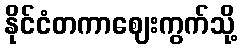
နိုင်ငံတကာဈေးကွက်သို့